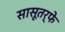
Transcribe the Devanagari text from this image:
सासूतर्फे